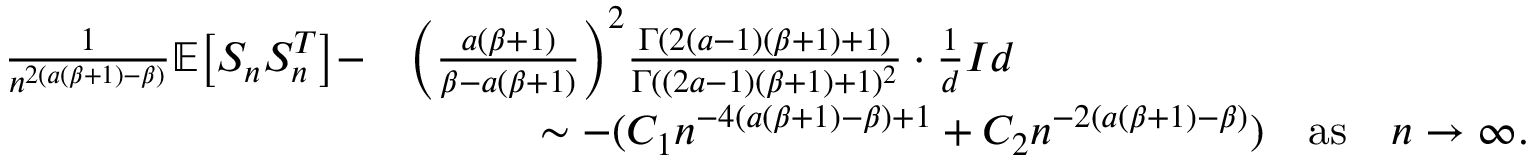
\begin{array} { r l } { \frac { 1 } { n ^ { 2 ( a ( \beta + 1 ) - \beta ) } } \mathbb { E } \big [ S _ { n } S _ { n } ^ { T } \big ] - } & { \bigg ( \frac { a ( \beta + 1 ) } { \beta - a ( \beta + 1 ) } \bigg ) ^ { 2 } \frac { \Gamma ( 2 ( a - 1 ) ( \beta + 1 ) + 1 ) } { \Gamma ( ( 2 a - 1 ) ( \beta + 1 ) + 1 ) ^ { 2 } } \cdot \frac { 1 } { d } I d } \\ & { \quad \quad \quad \sim - ( C _ { 1 } n ^ { - 4 ( a ( \beta + 1 ) - \beta ) + 1 } + C _ { 2 } n ^ { - 2 ( a ( \beta + 1 ) - \beta ) } ) \quad \mathrm { a s } \quad n \to \infty . } \end{array}